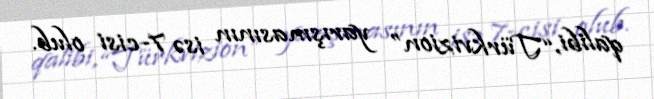
qalibi, “Türkvizion” yarışmasının isə 7-cisi olub.